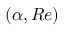
\left( \alpha , R e \right)